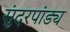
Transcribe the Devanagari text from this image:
सुंदरपांड्य